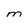
Character: m